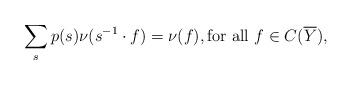
LaTeX: \begin{align*}\sum_{s} p(s) \nu(s^{-1} \cdot f) = \nu(f), \textrm{for all $f \in C(\overline{Y})$},\end{align*}